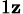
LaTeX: _{1\mathbf{z}}